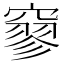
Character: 𥧯